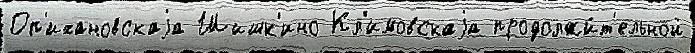
Оп'ихановскаjа Шишк'ино Кл'имовскаjа продолжи́т'ельной